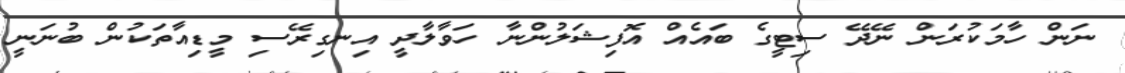
ނަން ހާމަކުރަން ނޭދޭ ސިޓީގެ ބައެއް އޮފިޝަލުންނާ ހަވާލާދީ އިނގިރޭސި މީޑިއާތަކުން ބުނަނީ